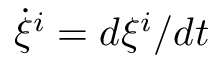
\dot { \xi } ^ { i } = d \xi ^ { i } / d t